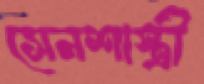
সেনশাস্ত্রী